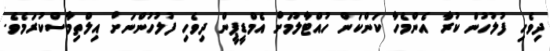
ދިވެހި ފުލުހުން ކުރާ އެންމެހާ ކަންކަން ހުއްޓާލުމަށް އެމްޑީޕީން ދިވެހި ފުލުހުންނަށް އިލްތިމާސްކުރަމެވެ.